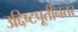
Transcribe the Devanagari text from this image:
उद्दिष्टपूर्तीनंतर